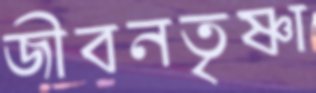
জীবনতৃষ্ণা